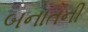
બનાતની